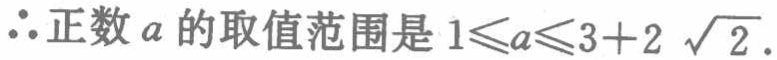
\(\therefore\)正数\(a\)的取值范围是\(1\leqslant a\leqslant 3 + 2\sqrt{2}\).